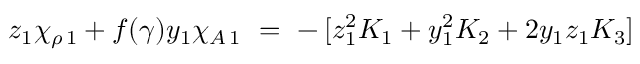
z _ { 1 } \chi _ { \rho \, 1 } + f ( \gamma ) y _ { 1 } \chi _ { A \, 1 } ~ = ~ - \, [ z _ { 1 } ^ { 2 } K _ { 1 } + y _ { 1 } ^ { 2 } K _ { 2 } + 2 y _ { 1 } z _ { 1 } K _ { 3 } ]